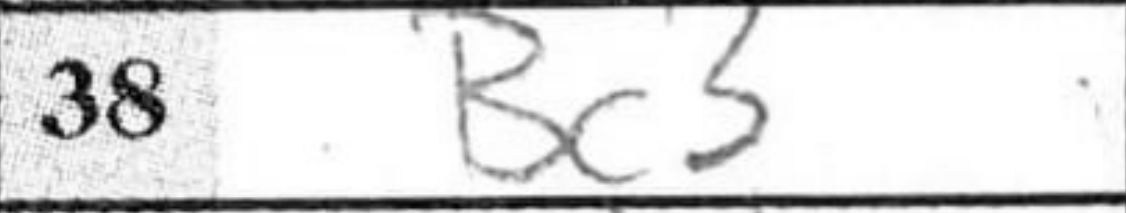
Transcription: Bc3